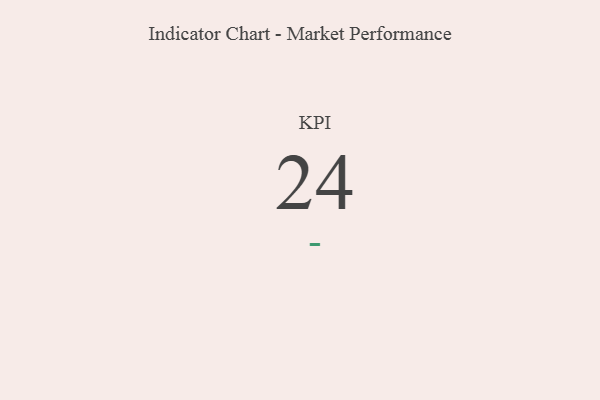
{"axis": {"x": "KPI", "y": "Value"}, "legend": [""], "data": [{"x": "KPI", "y": 24, "type": ""}]}